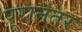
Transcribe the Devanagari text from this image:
पूरानंतर